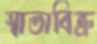
স্বাভাবিক্র